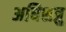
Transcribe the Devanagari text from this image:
अधिशत्रु